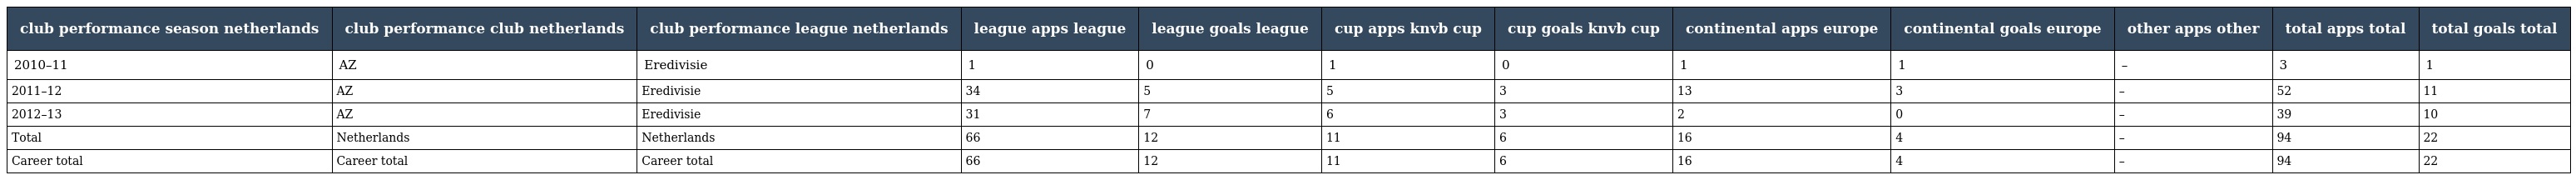
| club performance season netherlands | club performance club netherlands | club performance league netherlands | league apps league | league goals league | cup apps knvb cup | cup goals knvb cup | continental apps europe | continental goals europe | other apps other | total apps total | total goals total |
 | --- | --- | --- | --- | --- | --- | --- | --- | --- | --- | --- | --- |
 | 2010–11 | AZ | Eredivisie | 1 | 0 | 1 | 0 | 1 | 1 | – | 3 | 1 |
 | 2011–12 | AZ | Eredivisie | 34 | 5 | 5 | 3 | 13 | 3 | – | 52 | 11 |
 | 2012–13 | AZ | Eredivisie | 31 | 7 | 6 | 3 | 2 | 0 | – | 39 | 10 |
 | Total | Netherlands | Netherlands | 66 | 12 | 11 | 6 | 16 | 4 | – | 94 | 22 |
 | Career total | Career total | Career total | 66 | 12 | 11 | 6 | 16 | 4 | – | 94 | 22 |